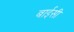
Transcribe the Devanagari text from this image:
बाईसी